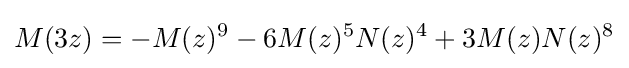
M(3z)=-M(z)^{9}-6M(z)^{5}N(z)^{4}+3M(z)N(z)^{8}